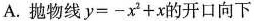
A.抛物线$$y = - x _ { 2 } + x$$的开口向下